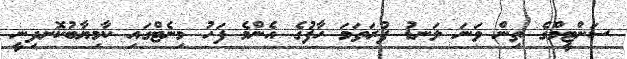
ސަންޓީމްގެ ތިން ވަނަ ލަނޑު ފުރަތަމަ ހާފުގެ އެންމެ ފަހު މިނެޓްގައި ކާމިޔާބުކޮށދިނީ